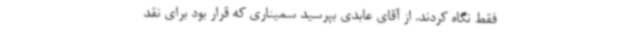
فقط نگاه کردند. از آقای عابدی بپرسید سمیناری که قرار بود برای نقد